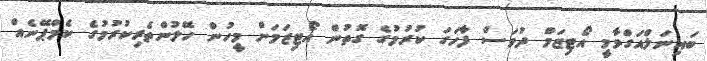
ބައިނަލްއަގްވާމީ އޯޓިޒަމް ދުވަސް ފާހަގަ ކުރުމުގެ ގޮތުން އޯޓިޒަމަށް މީހުން ހޭލުންތެރިކުރުމުގެ ކެމްޕޭނެއް